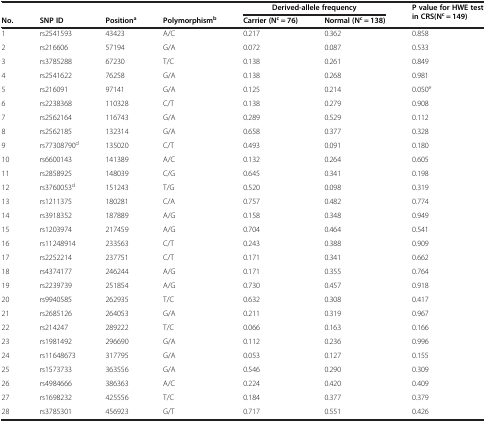
<table><thead><tr><td><b> </b></td><td><b> </b></td><td><b> </b></td><td><b> </b></td><td colspan="2"><b>Derived-allele frequency</b></td><td><b>P value for HWE test in CRS(N<sup>c</sup> = 149)</b></td></tr><tr><td><b>No.</b></td><td><b>SNP ID</b></td><td><b>Position<sup>a</sup></b></td><td><b>Polymorphism<sup>b</sup></b></td><td><b>Carrier (N<sup>c</sup> = 76)</b></td><td><b>Normal (N<sup>c</sup> = 138)</b></td><td><b> </b></td></tr></thead><tbody><tr><td>1</td><td>rs2541593</td><td>43423</td><td>A/C</td><td>0.217</td><td>0.362</td><td>0.858</td></tr><tr><td>2</td><td>rs216606</td><td>57194</td><td>G/A</td><td>0.072</td><td>0.087</td><td>0.533</td></tr><tr><td>3</td><td>rs3785288</td><td>67230</td><td>T/C</td><td>0.138</td><td>0.261</td><td>0.849</td></tr><tr><td>4</td><td>rs2541622</td><td>76258</td><td>G/A</td><td>0.138</td><td>0.268</td><td>0.981</td></tr><tr><td>5</td><td>rs216091</td><td>97141</td><td>G/A</td><td>0.125</td><td>0.214</td><td>0.050<sup>e</sup></td></tr><tr><td>6</td><td>rs2238368</td><td>110328</td><td>C/T</td><td>0.138</td><td>0.279</td><td>0.908</td></tr><tr><td>7</td><td>rs2562164</td><td>116743</td><td>G/A</td><td>0.289</td><td>0.529</td><td>0.112</td></tr><tr><td>8</td><td>rs2562185</td><td>132314</td><td>G/A</td><td>0.658</td><td>0.377</td><td>0.328</td></tr><tr><td>9</td><td>rs77308790<sup>d</sup></td><td>135020</td><td>C/T</td><td>0.493</td><td>0.091</td><td>0.180</td></tr><tr><td>10</td><td>rs6600143</td><td>141389</td><td>A/C</td><td>0.132</td><td>0.264</td><td>0.605</td></tr><tr><td>11</td><td>rs2858925</td><td>148039</td><td>C/G</td><td>0.645</td><td>0.341</td><td>0.198</td></tr><tr><td>12</td><td>rs3760053<sup>d</sup></td><td>151243</td><td>T/G</td><td>0.520</td><td>0.098</td><td>0.319</td></tr><tr><td>13</td><td>rs1211375</td><td>180281</td><td>C/A</td><td>0.757</td><td>0.482</td><td>0.774</td></tr><tr><td>14</td><td>rs3918352</td><td>187889</td><td>A/G</td><td>0.158</td><td>0.348</td><td>0.949</td></tr><tr><td>15</td><td>rs1203974</td><td>217459</td><td>A/G</td><td>0.704</td><td>0.464</td><td>0.541</td></tr><tr><td>16</td><td>rs11248914</td><td>233563</td><td>C/T</td><td>0.243</td><td>0.388</td><td>0.909</td></tr><tr><td>17</td><td>rs2252214</td><td>237751</td><td>C/T</td><td>0.171</td><td>0.341</td><td>0.662</td></tr><tr><td>18</td><td>rs4374177</td><td>246244</td><td>A/G</td><td>0.171</td><td>0.355</td><td>0.764</td></tr><tr><td>19</td><td>rs2239739</td><td>251854</td><td>A/G</td><td>0.730</td><td>0.457</td><td>0.918</td></tr><tr><td>20</td><td>rs9940585</td><td>262935</td><td>T/C</td><td>0.632</td><td>0.308</td><td>0.417</td></tr><tr><td>21</td><td>rs2685126</td><td>264053</td><td>G/A</td><td>0.211</td><td>0.319</td><td>0.967</td></tr><tr><td>22</td><td>rs214247</td><td>289222</td><td>T/C</td><td>0.066</td><td>0.163</td><td>0.166</td></tr><tr><td>23</td><td>rs1981492</td><td>296690</td><td>G/A</td><td>0.112</td><td>0.236</td><td>0.996</td></tr><tr><td>24</td><td>rs11648673</td><td>317795</td><td>G/A</td><td>0.053</td><td>0.127</td><td>0.155</td></tr><tr><td>25</td><td>rs1573733</td><td>363556</td><td>G/A</td><td>0.546</td><td>0.290</td><td>0.309</td></tr><tr><td>26</td><td>rs4984666</td><td>386363</td><td>A/C</td><td>0.224</td><td>0.420</td><td>0.409</td></tr><tr><td>27</td><td>rs1698232</td><td>425556</td><td>T/C</td><td>0.184</td><td>0.377</td><td>0.379</td></tr><tr><td>28</td><td>rs3785301</td><td>456923</td><td>G/T</td><td>0.717</td><td>0.551</td><td>0.426</td></tr></tbody></table>